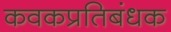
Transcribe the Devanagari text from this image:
कवकप्रतिबंधक